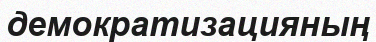
демократизацияның